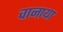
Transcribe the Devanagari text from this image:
वानाया